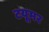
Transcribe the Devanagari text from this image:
टयूमर